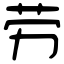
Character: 劳